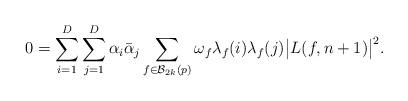
LaTeX: \begin{align*} 0=\sum_{i=1}^D\sum_{j=1}^D \alpha _i \bar{\alpha} _j \sum_{f\in \mathcal{B}_{2k}(p)} \omega_f \lambda_f(i) \lambda_f(j)\big|L(f, n+1) \big|^2. \end{align*}